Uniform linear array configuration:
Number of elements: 64
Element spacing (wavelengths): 0.25
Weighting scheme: binomial
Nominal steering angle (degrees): -45
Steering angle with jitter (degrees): -45.702
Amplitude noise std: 0.05
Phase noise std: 0.05

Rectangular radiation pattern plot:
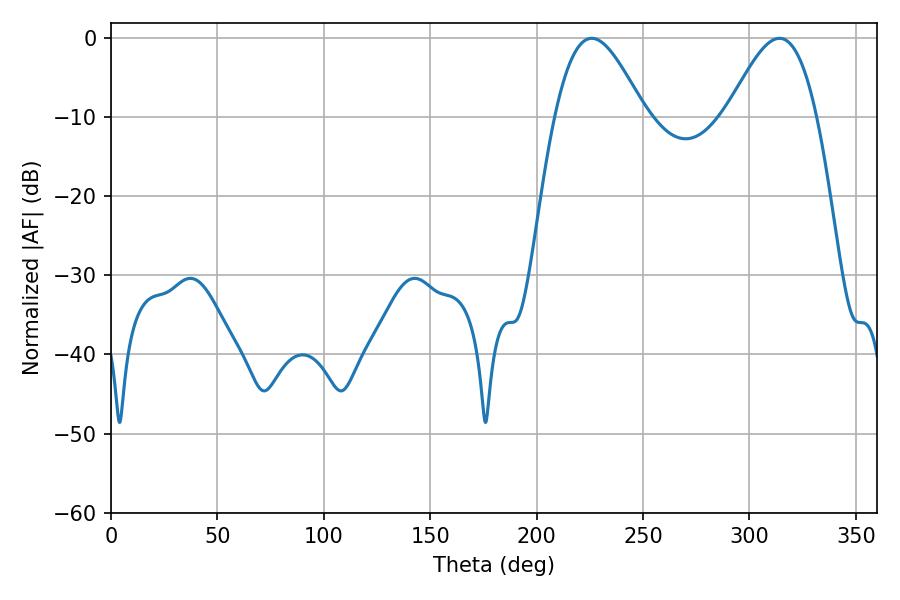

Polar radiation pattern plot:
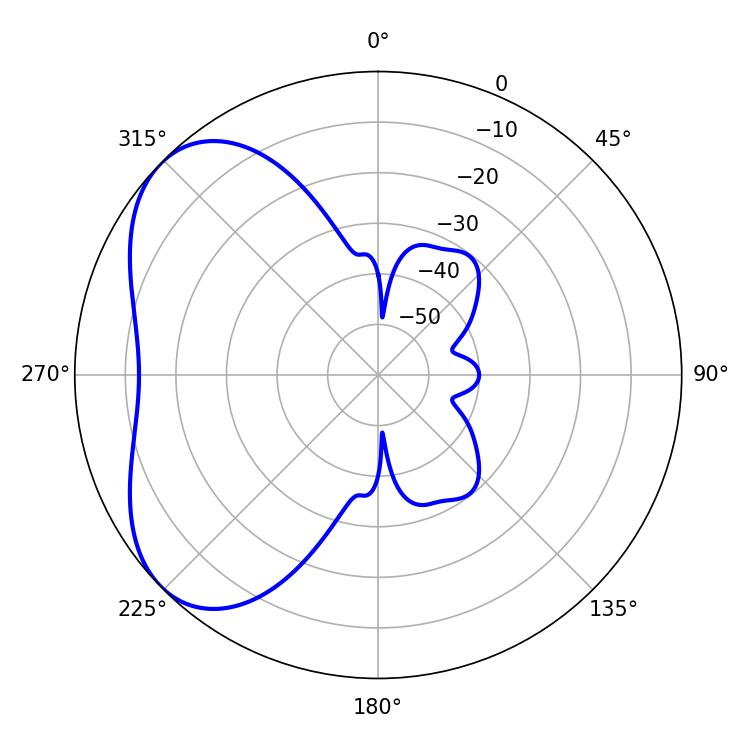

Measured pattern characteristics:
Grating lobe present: FALSE
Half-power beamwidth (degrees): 22.68
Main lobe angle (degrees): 225.9